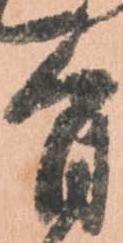
旨